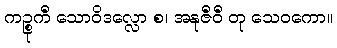
ကဉ္စုကီ သောဝိဒလ္လော စ၊ အနုဇီဝီ တု သေဝကော။